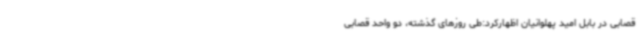
قصابی در بابل امید پهلوانیان اظهارکرد:طی روزهای گذشته، دو واحد قصابی